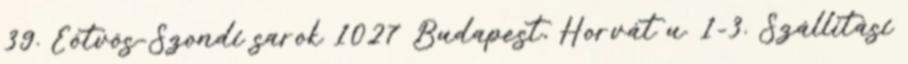
39. Eötvös-Szondi sarok 1027 Budapest, Horvát u. 1-3. Szállítási